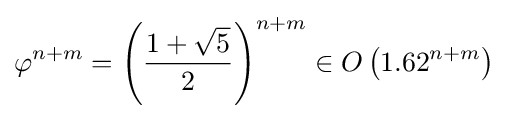
\varphi ^{n+m}=\left({\frac {1+{\sqrt {5}}}{2}}\right)^{n+m}\in O\left(1.62^{n+m}\right)